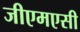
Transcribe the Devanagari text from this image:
जीएमएसी